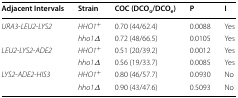
<table><thead><tr><td><b>Adjacent Intervals</b></td><td><b>Strain</b></td><td><b>COC (DCO<sub>o</sub>/DCO<sub>e</sub>)</b></td><td><b>P</b></td><td><b>I</b></td></tr></thead><tbody><tr><td rowspan="2"><i>URA3</i>-<i>LEU2</i>-<i>LYS2</i></td><td><i>HHO1</i><sup>+</sup></td><td>0.70 (44/62.4)</td><td>0.0088</td><td>Yes</td></tr><tr><td><i>hho1Δ</i></td><td>0.72 (48/66.5)</td><td>0.0105</td><td>Yes</td></tr><tr><td rowspan="2"><i>LEU2</i>-<i>LYS2</i>-<i>ADE2</i></td><td><i>HHO1</i><sup>+</sup></td><td>0.51 (20/39.2)</td><td>0.0012</td><td>Yes</td></tr><tr><td><i>hho1Δ</i></td><td>0.56 (19/33.7)</td><td>0.0085</td><td>Yes</td></tr><tr><td rowspan="2"><i>LYS2</i>-<i>ADE2</i>-<i>HIS3</i></td><td><i>HHO1</i><sup>+</sup></td><td>0.80 (46/57.7)</td><td>0.0930</td><td>No</td></tr><tr><td><i>hho1Δ</i></td><td>0.90 (43/47.6)</td><td>0.5093</td><td>No</td></tr></tbody></table>